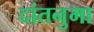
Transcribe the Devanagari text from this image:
दांतनुमा